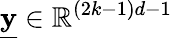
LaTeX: \underline{{\mathbf{y}}}\in\mathbb{R}^{(2k-1)d-1}